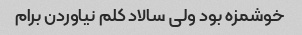
خوشمزه بود ولی سالاد کلم نیاوردن برام